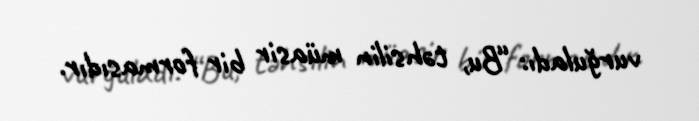
vurğuladı: “Bu, təhsilin müasir bir formasıdır.